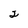
Character: 2